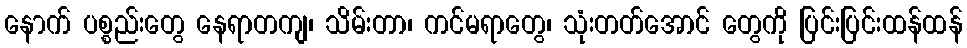
နောက် ပစ္စည်းတွေ နေရာတကျ၊ သိမ်းတာ၊ ကင်မရာတွေ၊ သုံးတတ်အောင် တွေကို ပြင်းပြင်းထန်ထန်